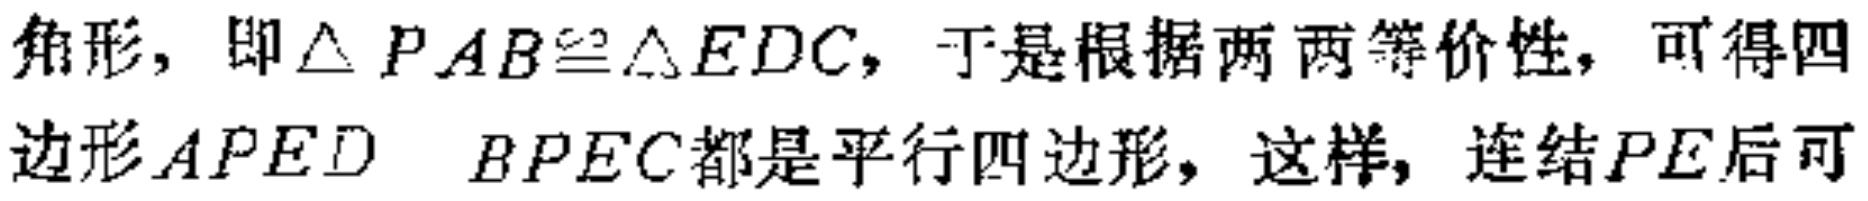
角形，即$\triangle PAB\cong\triangle EDC$，于是根据两两等价性，可得四边形$APED$、$BPEC$都是平行四边形，这样，连结$PE$后可